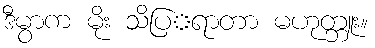
ဒီမွာက မိုး သိပ္ရြာတာ မဟုတ္ဘူး။